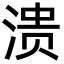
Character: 溃